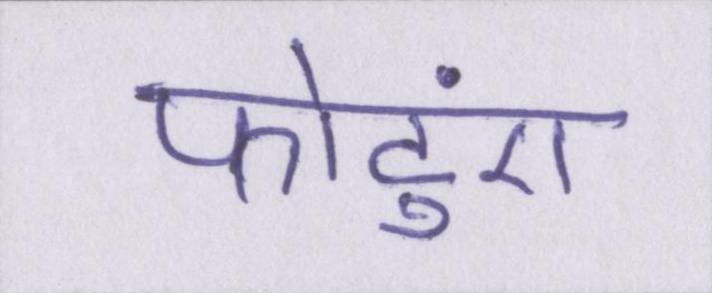
फोटुएं